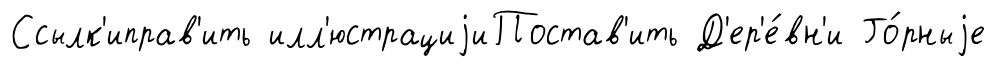
Ссылк'иправ'ить илл'юстрациjиПостав'ить Д'ер'е́вн'и Го́рныjе